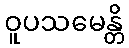
ဝူပသမေန္တိ